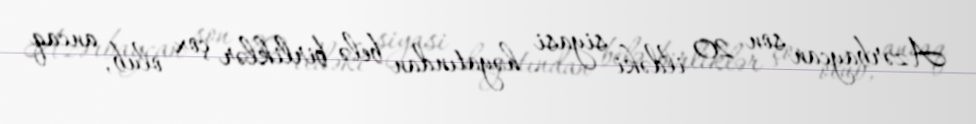
Azərbaycan son 20 ildəki siyasi həyatından belə birliklər çox olub, ancaq